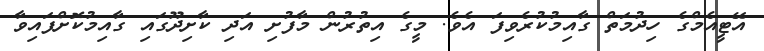
އޭޓީއެމްގެ ހިދުމަތް ގާއިމުކުރެވިފަ އެވެ. މީގެ އިތުރުން މާފުށި އަދި ކާށިދޫގައި ގާއިމުކޮށްފައިވާ